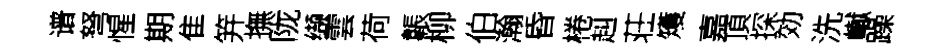
谱弩惺期隹笄撫陇缬雲荷韔柳伯瀚昏棬赳荘矱嘉頂探効洗𪩘躁